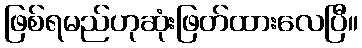
ဖြစ်ရမည်ဟုဆုံးဖြတ်ထားလေပြီ။